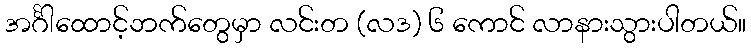
အင်္ဂါထောင့်ဘက်တွေမှာ လင်းတ (လဒ) ၆ ကောင် လာနားသွားပါတယ်။